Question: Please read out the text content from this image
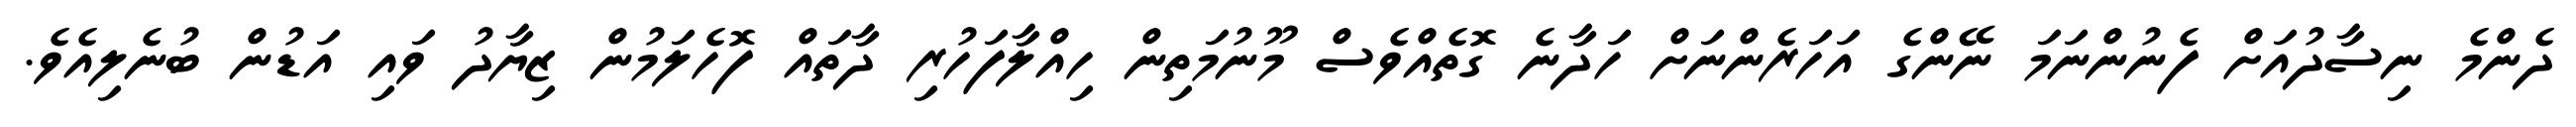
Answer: ދެންމެ ނިސާދުއަށް ފެނުންނަމަ ނޭންގެ އަހަރެންނަށް ހަދާނެ ގޮތެއްވެސް މޫނުމަތިން ހިއްލާފަހުރި ދާތައް ފޮހެލަމުން ޒިޔާދު ވައި އަޑުން ބުނެލިއެވެ.